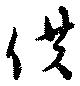
供